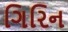
ગિરિન